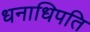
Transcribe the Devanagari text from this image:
धनाधिपति